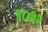
૧૦૨૨